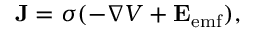
\mathbf { J } = \sigma ( - \nabla V + \mathbf { E } _ { \mathrm { e m f } } ) ,